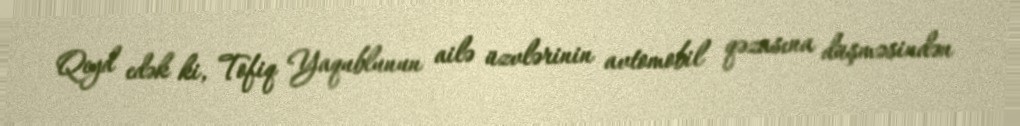
Qeyd edək ki, Tofiq Yaqublunun ailə üzvlərinin avtomobil qəzasına düşməsindən